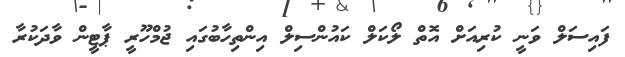
ފައިސަލް ވަނީ ކުރިއަށް އޮތް ލޯކަލް ކައުންސިލް އިންތިހާބުގައި ޖުމްހޫރީ ޕާޓީން ވާދަކުރާ